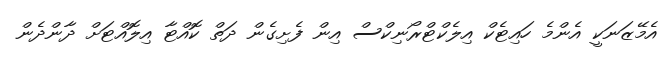
އެމޭޒަނަކީ އެންމެ ހައިޓެކް އިލެކްޓްރޯނިކްސް އިން ފެށިގެން ދަތް ކޮއްޓާ އިލޮއްޓަށް ދާންދެން